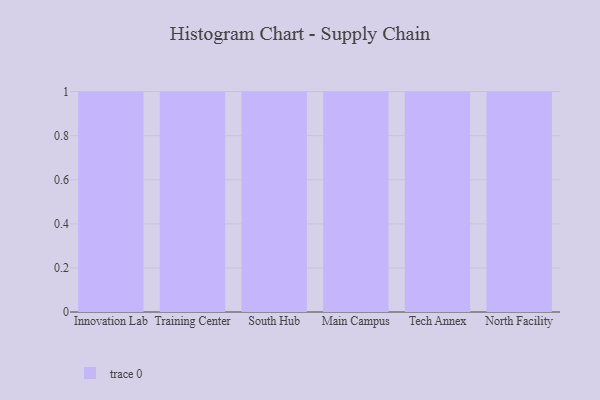
{"axis": {"x": "Campus", "y": "Backlog"}, "legend": [""], "data": [{"x": "Innovation Lab", "y": 29, "type": ""}, {"x": "Training Center", "y": 60, "type": ""}, {"x": "South Hub", "y": 35, "type": ""}, {"x": "Main Campus", "y": 85, "type": ""}, {"x": "Tech Annex", "y": 52, "type": ""}, {"x": "North Facility", "y": 50, "type": ""}]}